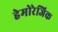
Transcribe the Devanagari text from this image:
हेमोरेजिक